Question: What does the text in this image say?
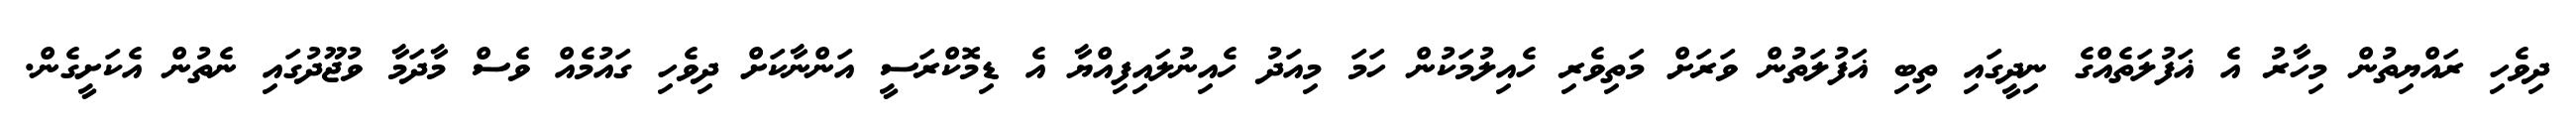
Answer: ދިވެހި ރައްޔިތުން މިހާރު އެ ޣަފުލަތެއްގެ ނިދީގައި ތިބި ޣަފުލަތުން ވަރަށް މަތިވެރި ހެއިލުމަކުން ހަމަ މިއަދު ހެއިނުލައިފިއްޔާ އެ ޑިމޮކްރަސީ އަންނާކަށް ދިވެހި ގައުމެއް ވެސް މާދަމާ ވުޖޫދުގައި ނެތުން އެކަށީގެން.